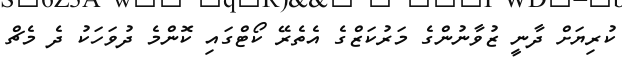
ކުރިޔަށް ދާނީ ޒުވާނުންގެ މަރުކަޒްގެ އެތެރޭ ކޯޓްގައި ކޮންމެ ދުވަހަކު ދެ މެޗް